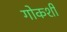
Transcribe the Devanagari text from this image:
गोकशी